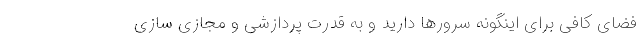
فضای کافی برای اینگونه سرورها دارید و به قدرت پردازشی و مجازی سازی